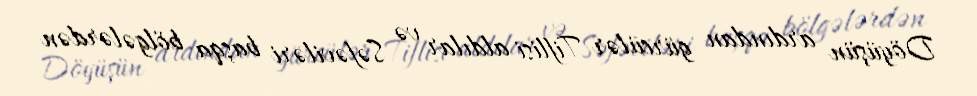
Döyüşün ardından gürcülər Tiflisi aldılar və Səfəviləri başqa bölgələrdən